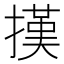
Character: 𢴁